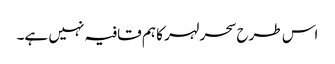
اس طرح سحر لہر کا ہم قافیہ نہیں ہے۔